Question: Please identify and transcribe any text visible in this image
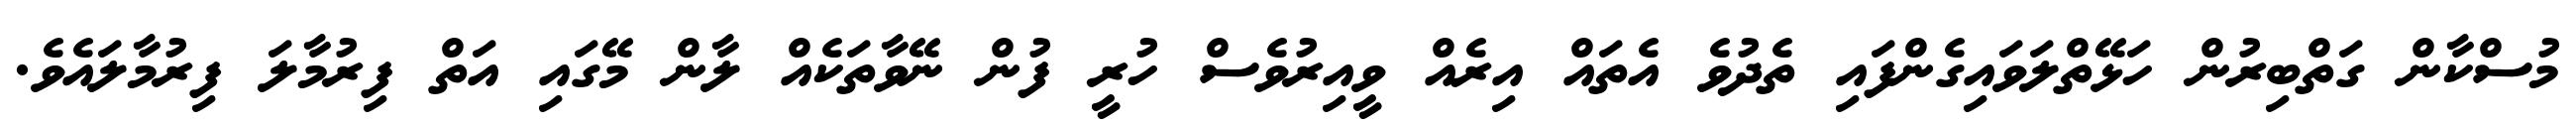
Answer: މުސްކާން ގަތްބިރުން ހަޅޭތްލަވައިގެންފައި ތެދުވެ އެތައް އިރެއް ވީއިރުވެސް ހުރީ ފުން ނޭވާތަކެއް ލާން މޭގައި އަތް ފިރުމާލަ ފިރުމާލައެވެ.